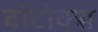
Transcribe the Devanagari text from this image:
बोटोक्स